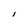
Character: I